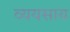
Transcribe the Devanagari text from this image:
व्ययसाय